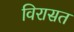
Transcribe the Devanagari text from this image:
विरासत